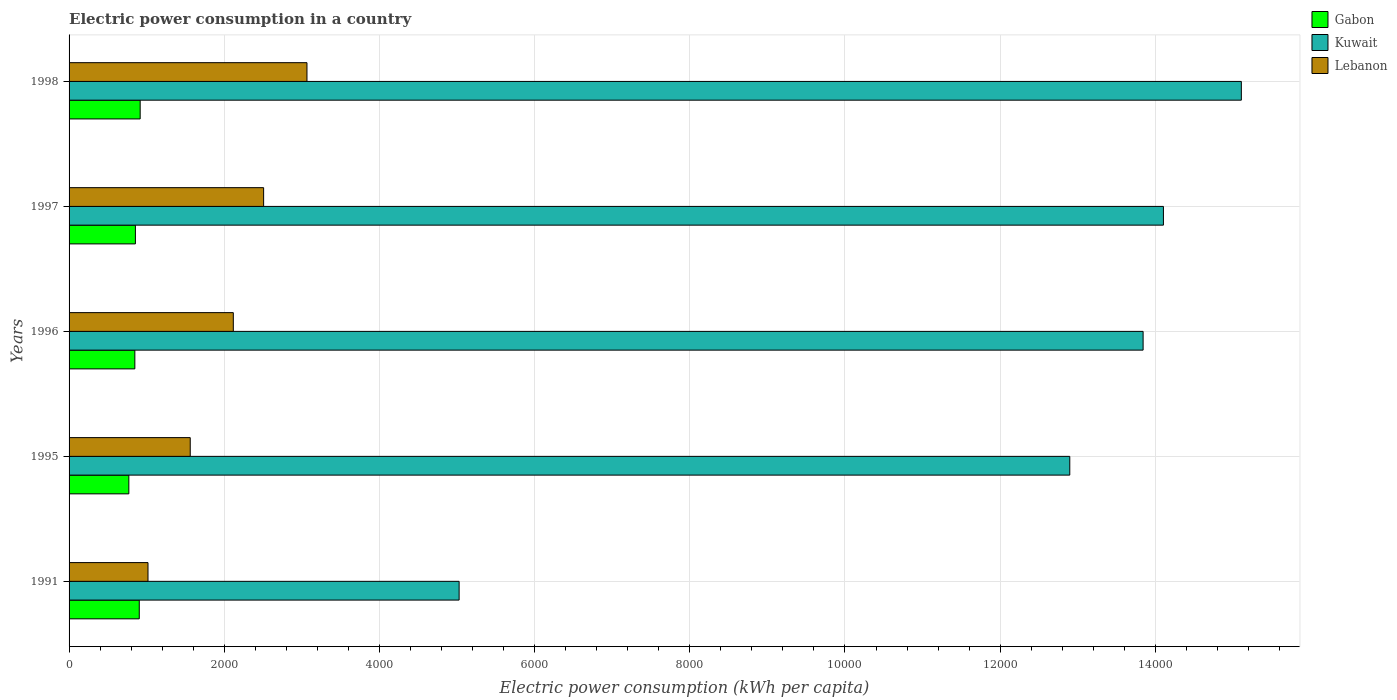
| Years | Gabon | Kuwait | Lebanon |
 | --- | --- | --- | --- |
 | 1991 | 905 | 5.03e+03 | 1.02e+03 |
 | 1995 | 770 | 1.29e+04 | 1.56e+03 |
 | 1996 | 848 | 1.38e+04 | 2.12e+03 |
 | 1997 | 855 | 1.41e+04 | 2.51e+03 |
 | 1998 | 916 | 1.51e+04 | 3.07e+03 |